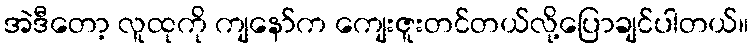
အဲဒီတော့ လူထုကို ကျနော်က ကျေးဇူးတင်တယ်လို့ပြောချင်ပါတယ်။